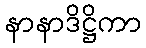
နာနာဒိဋ္ဌိကာ